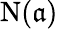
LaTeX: \mathrm{{N}}({\mathfrak{a}})